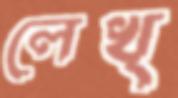
লেখ্‌